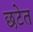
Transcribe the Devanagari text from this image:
छटेत